Problem: 21 + 63 = ?
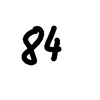
Handwritten answer: 84